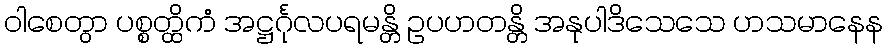
ဝါစေတွာ ပစ္စတ္ထိကံ အဋ္ဌင်္ဂုလပရမန္တိ ဥပဟတန္တိ အနုပါဒိသေသေ ဟသမာနေန